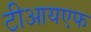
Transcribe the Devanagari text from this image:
टीआयएफ